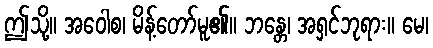
ဤသို့။ အဝေါစ၊ မိန့်တော်မူ၏။ ဘန္တေ၊ အရှင်ဘုရား။ မေ၊